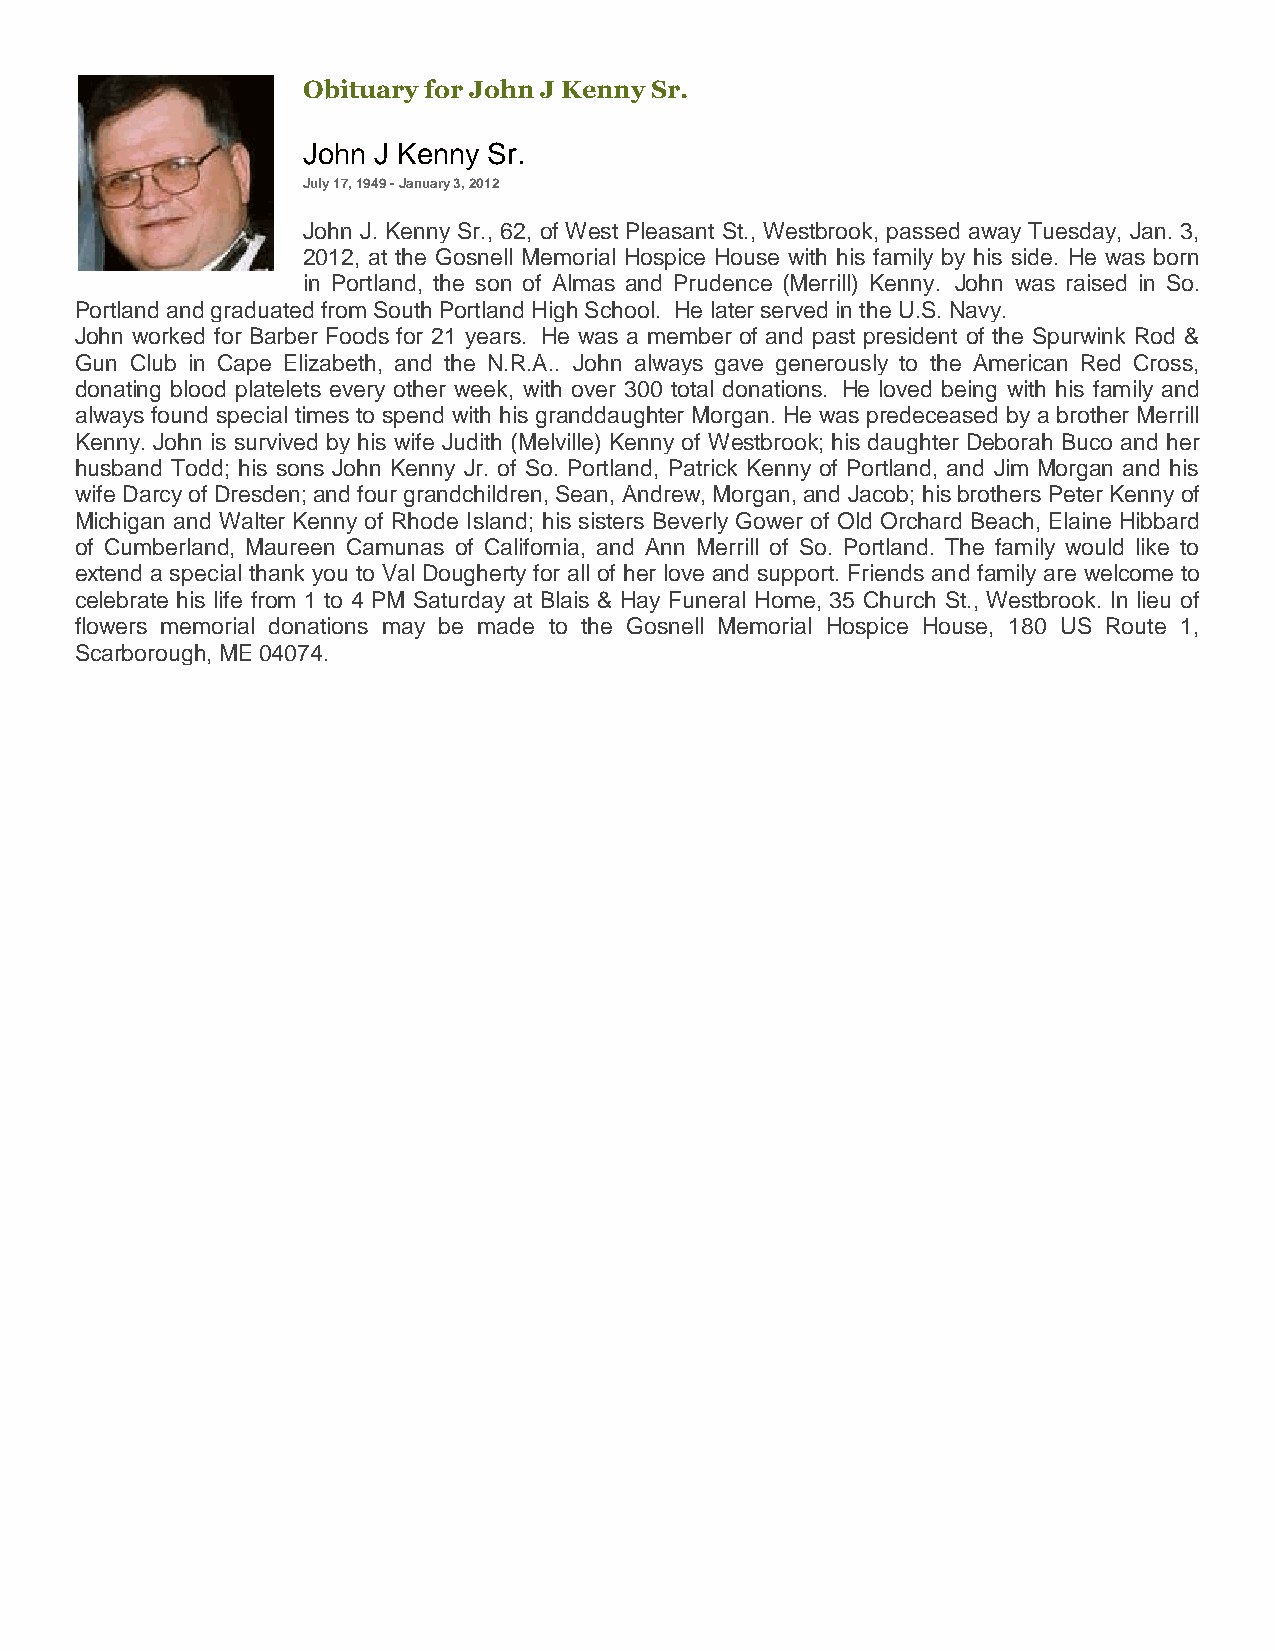
Obituary for John J Kenny Sr.
 John J Kenny Sr.
 July 17, 1949 - January 3, 2012
 John J. Kenny Sr., 62, of West Pleasant St., Westbrook, passed away Tuesday, Jan. 3,
 2012, at the Gosnell Memorial Hospice House with his family by his side. He was born
 in Portland, the son of Almas and Prudence (Merrill) Kenny. John was raised in So.
 Portland and graduated from South Portland High School. He later served in the U.S. Navy.
 John worked for Barber Foods for 21 years. He was a member of and past president of the Spurwink Rod &
 Gun Club in Cape Elizabeth, and the N.R.A.. John always gave generously to the American Red Cross,
 donating blood platelets every other week, with over 300 total donations. He loved being with his family and
 always found special times to spend with his granddaughter Morgan. He was predeceased by a brother Merrill
 Kenny. John is survived by his wife Judith (Melville) Kenny of Westbrook; his daughter Deborah Buco and her
 husband Todd; his sons John Kenny Jr. of So. Portland, Patrick Kenny of Portland, and Jim Morgan and his
 wife Darcy of Dresden; and four grandchildren, Sean, Andrew, Morgan, and Jacob; his brothers Peter Kenny of
 Michigan and Walter Kenny of Rhode Island; his sisters Beverly Gower of Old Orchard Beach, Elaine Hibbard
 of Cumberland, Maureen Camunas of California, and Ann Merrill of So. Portland. The family would like to
 extend a special thank you to Val Dougherty for all of her love and support. Friends and family are welcome to
 celebrate his life from 1 to 4 PM Saturday at Blais & Hay Funeral Home, 35 Church St., Westbrook. In lieu of
 flowers memorial donations may be made to the Gosnell Memorial Hospice House, 180 US Route 1,
 Scarborough, ME 04074.